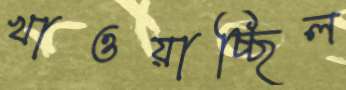
খাওয়াচ্ছিল